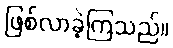
ဖြစ်လာခဲ့ကြသည်။